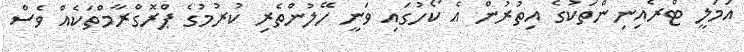
އަމަލީ ޓްރެއިނިންތަކުގެ އިތުރުން އެ ކޯހުގައި ވަނީ ހޭލުންތެރި ކުރުމުގެ ޕްރޮގްރާމްތަކެއް ވެސް